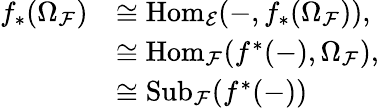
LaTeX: \begin{array}{rl}{f_{\ast}(\Omega_{\mathcal{F}})}&{\cong\mathrm{{Hom}}_{\mathcal{E}}(-,f_{\ast}(\Omega_{\mathcal{F}})),}\\ &{\cong{\mathrm{Hom}}_{\mathcal{F}}(f^{\ast}(-),\Omega_{\mathcal{F}}),}\\ &{\cong\mathrm{{Sub}}_{\mathcal{F}}(f^{\ast}(-))}\end{array}